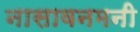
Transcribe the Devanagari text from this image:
नासावनमनी